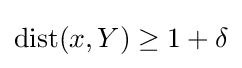
\operatorname {dist} (x,Y)\geq 1+\delta